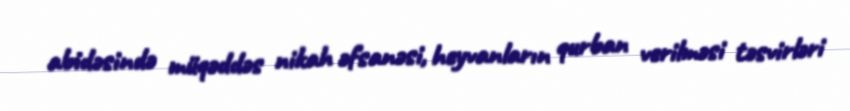
abidəsində müqəddəs nikah əfsanəsi, heyvanların qurban verilməsi təsvirləri